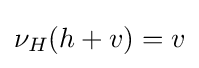
\nu _{H}(h+v)=v